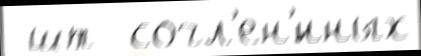
 шт  сочл'ен'́нных